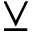
\veebar